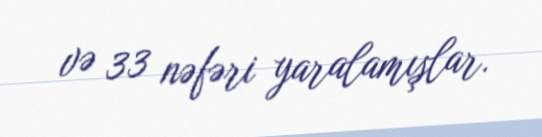
və 33 nəfəri yaralamışlar.